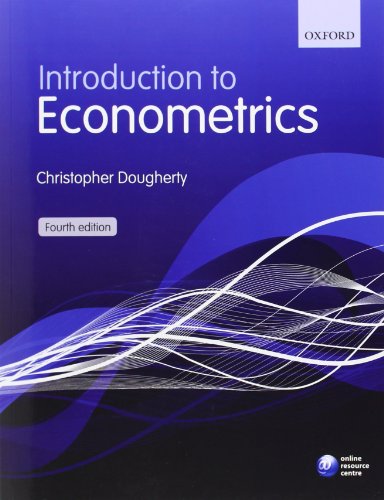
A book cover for Introduction to Econometrics; Christopher Dougherty; Business & Money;